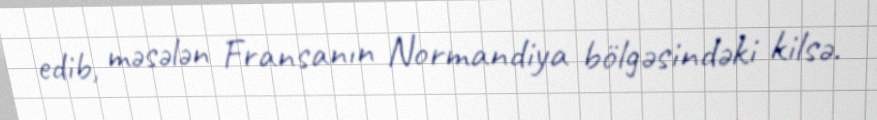
edib, məsələn Fransanın Normandiya bölgəsindəki kilsə.